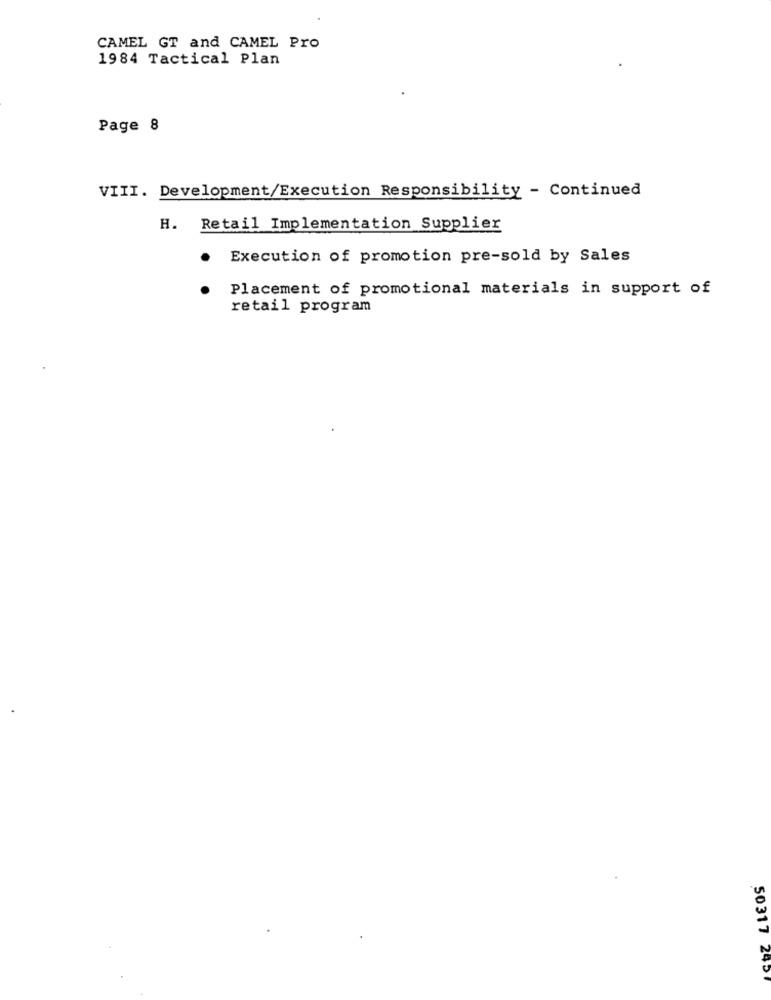
CAMEL GT and CAMEL Pro
1984 Tactical Plan
Page 8
VIII. Development/Execution Responsibility - Continued
H. Retail Implementation Supplier
Execution of promotion pre-sold by Sales
Placement of promotional materials in support of
retail program
50317 2451